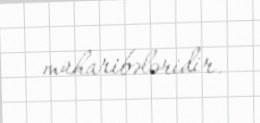
müharibələridir.